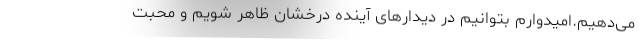
می‌دهیم.امیدوارم بتوانیم در دیدارهای آینده درخشان ظاهر شویم و محبت